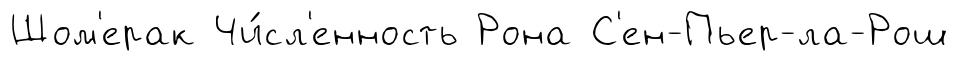
Шом'ерак Чи́сл'енность Рона С'ен-Пьер-ла-Рош